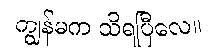
ကျွန်မက သိရပြီလေ။